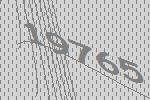
19765